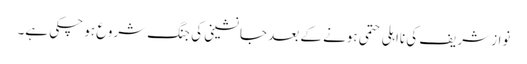
نواز شریف کی نااہلی حتمی ہونے کے بعد جانشینی کی جنگ شروع ہو چکی ہے۔